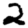
Digit: 2